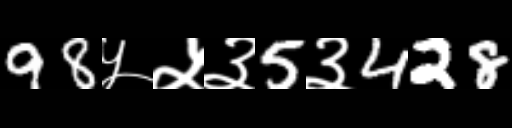
Text: 98५५३5३428